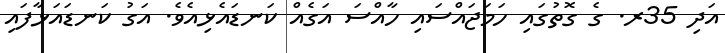
އަދި 35ރ. ގެ ގޮތުގައި ހަމަޖައްސައި ހާއްސަ އަގެއް ކަނޑައެޅިއެވެ. އަގު ކަނޑައަޅާފައި